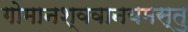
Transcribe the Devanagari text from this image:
गोमानश्ववानयमस्तु